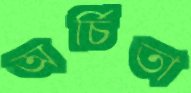
অর্চিতা